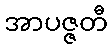
အာပဇ္ဇတီ